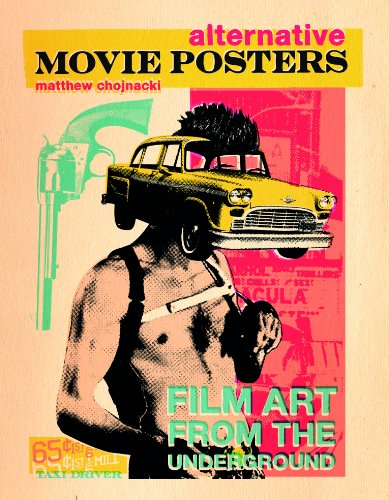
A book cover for Alternative Movie Posters: Film Art from the Underground; Matthew Chojnacki; Humor & Entertainment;